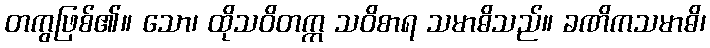
တကွဖြစ်၏။ သော၊ ထိုသဝိတက္က သဝိစာရ သမာဓိသည်။ ခဏိကသမာဓိ၊